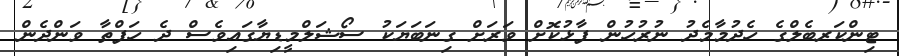
ޓިންކަރބެލްގެ ހެދުމާމެދު ނުރުހުން ފާޅުކޮށް ވަރަށް ގިނަބަޔަކު ސޯޝަލްމީޑިޔާގައިވެސް ދެ ހަފްތާ ވަންދެން